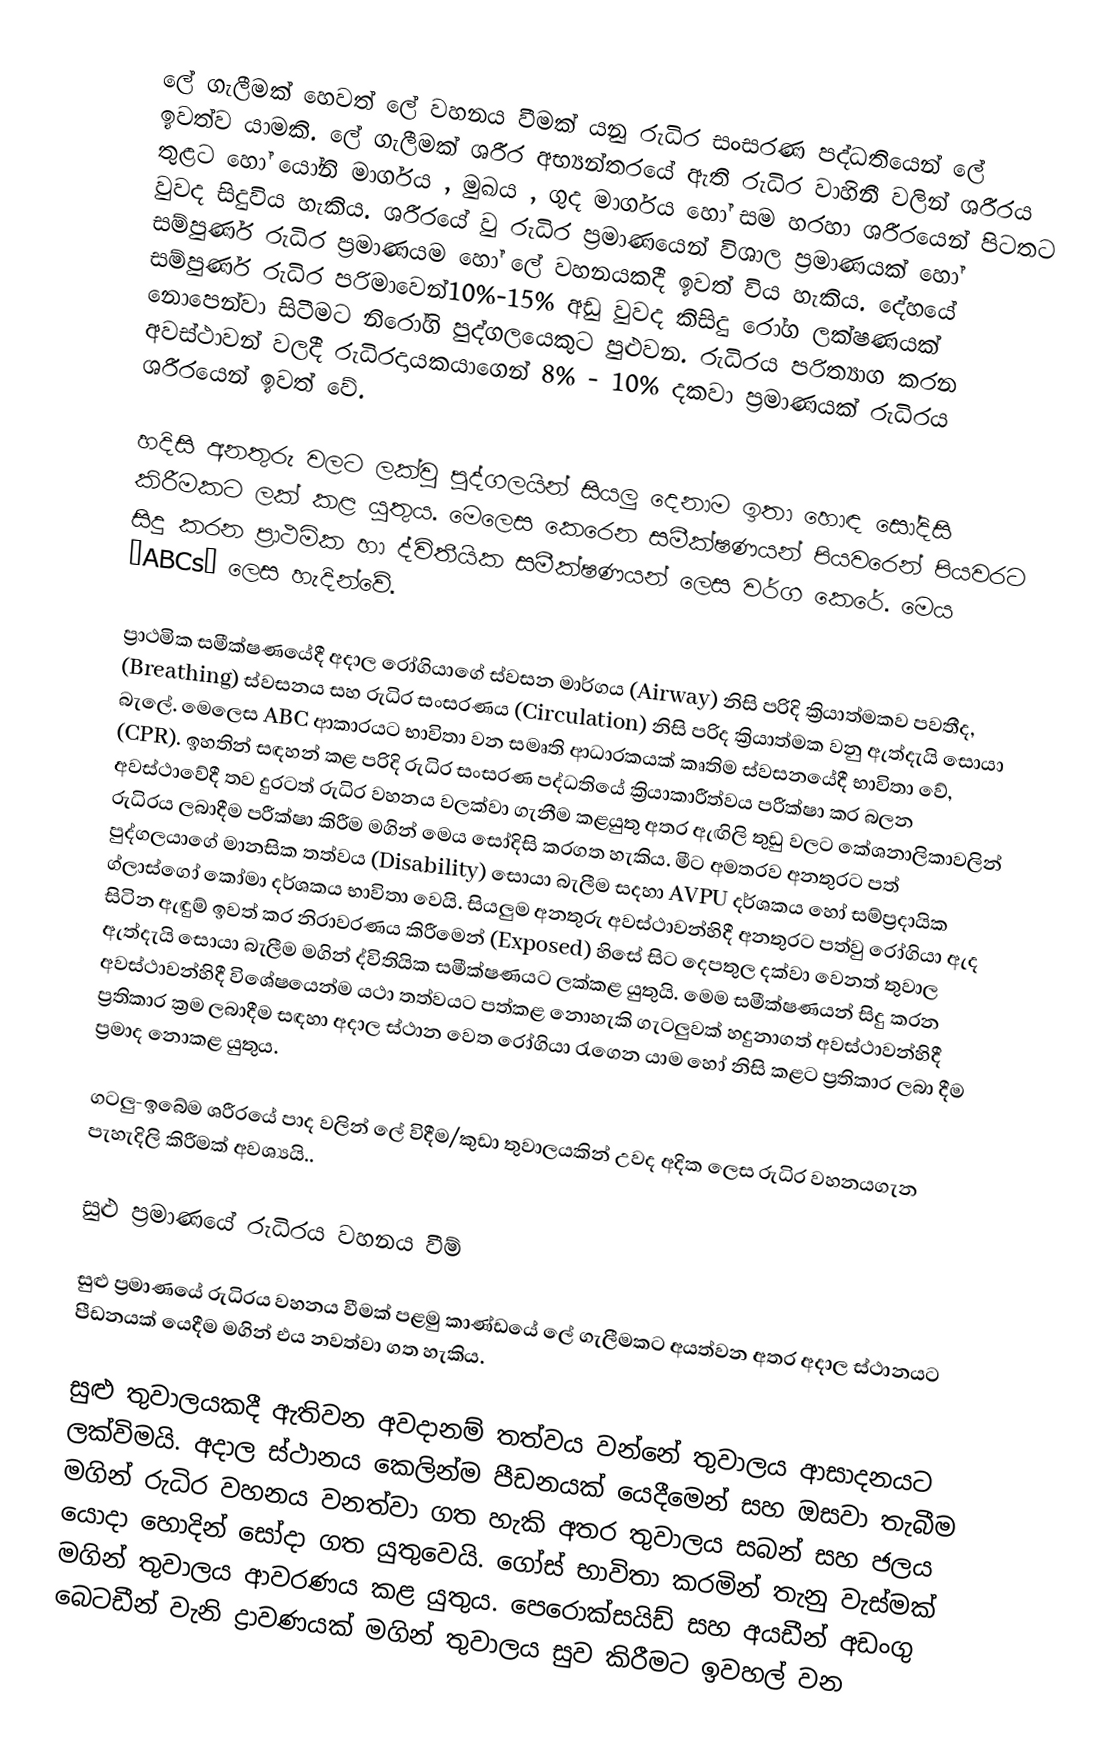
ලේ ගැලීමක්  හෙවත් ලේ වහනය වීමක් යනු රුධිර  සංසරණ පද්ධතියෙන් ලේ ඉවත්ව යාමකි. ලේ ගැලීමක් ශරීර අභ්‍යන්තරයේ ඇති රුධිර වාහිනී වලින් ශරීරය තුළට හෝ යෝනි මාර්ගය  , මුඛය , ගුද මාර්ගය හෝ සම හරහා ශ‍රීරයෙන් පිටතට වුවද සිදුවිය හැකිය. ශරීරයේ  වු රුධිර ප්‍රමාණයෙන් විශාල ප්‍රමාණයක්  හෝ සම්පුර්ණ රුධිර ප්‍රමාණයම හෝ ලේ වහනයකදී ඉවත් විය හැකිය. දේහයේ සම්පුර්ණ රුධිර පරිමාවෙන්10%-15% අඩු වුවද කිසිදු රෝග ලක්ෂණයක් නොපෙන්වා සිටීමට නිරෝගි පුද්ගලයෙකුට  පුළුවන. රුධිර‍ය පරිත්‍යාග කරන අවස්ථාවන් වලදී රුධිරදායක‍යාගෙන් 8% - 10% දකවා ප්‍රමාණයක් රුධිරය ශරීරයෙන් ඉවත් වේ.

හදිසි අනතුරු වලට ලක්වු  පුද්ගලයින් සියලු දෙනාම ඉතා ‍හොඳ සෝදිසි කිරීමකට ලක් කළ යුතුය. මෙලෙස කෙරෙන සමීක්ෂණයන් පියවරෙන් පියවරට සිදු කරන ප්‍රාථමික හා ද්විතීයික සමීක්ෂණයන් ලෙස වර්ග කෙරේ.  මෙය “ABCs”  ලෙස හැදින්වේ.

ප්‍රාථමික  සමීක්ෂණයේදී අදාල රෝගියාගේ ස්වසන මාර්ගය (Airway)  නිසි පරිදි ක්‍රියාත්මකව පවතීද, (Breathing)  ස්වසනය සහ රුධිර සංසරණය (Circulation)  නිසි පරිද ක්‍රියාත්මක වනු ඇත්දැයි සොයා බැලේ. මෙලෙස ABC  ආකාරයට භාවිතා වන සමෘති  ආධාරකයක් කෘතිම ස්වසනයේදී භාවිතා වේ, (CPR).  ඉහතින් සඳහන් කළ පරිදි රුධිර සංසරණ පද්ධතියේ ක්‍රියාකාරීත්වය පරීක්ෂා කර බලන අවස්ථාවේදී තව දුරටත් රුධිර වහනය වලක්වා ගැනීම කළයුතු අතර ඇඟිලි තුඩු වලට කේශනාලිකාවලින් රුධිරය ලබාදීම පරීක්ෂා කිරීම මගින් මෙය සෝදිසි කරගත හැකිය. මීට අමතරව අනතුරට පත් පුද්ගලයාගේ මානසික තත්වය (Disability)  සොයා බැලීම සදහා AVPU  දර්ශකය හෝ සම්ප්‍රදායික ග්ලාස්ගෝ කෝමා දර්ශකය භාවිතා වෙයි. සියලුම අනතුරු අවස්ථාවන්හිදී අනතුරට පත්වු රෝගියා ඇද සිටින ඇඳුම් ඉවත් කර නිරාවරණය කිරීමෙන් (Exposed)  හිසේ සිට දෙපතුල දක්වා වෙනත් තුවාල ඇත්දැයි සොයා  බැලීම මගින් ද්විතියික සමීක්ෂණයට ලක්කළ යුතුයි. මෙම සමීක්ෂණයන් සිදු කරන අවස්ථාවන්හිදී ‍විශේෂයෙන්ම යථා තත්වයට පත්කළ නොහැකි ගැටලුවක් හදුනා‍ගත් අවස්ථාවන්හිදී ප්‍රතිකාර ක්‍රම ලබාදීම සඳහා අදාල ස්ථාන වෙත රෝගියා රැගෙන යාම හෝ නිසි කළට ප්‍රතිකාර ලබා දීම ප්‍රමාද නොකළ යුතුය.

ගටලු-ඉබේම ශරීරයේ පාද වලින් ලේ විදීම/කුඩා තුවාලයකින් උවද අදික ලෙස රුධිර වහනයගැන පැහැදිලි කිරීමක් අවශ්‍යයි..

සුළු ප්‍රමාණයේ රුධිරය වහනය වීම්

සුළු ප්‍රමාණයේ රුධිරය වහනය වීමක් පළමු කාණ්ඩයේ ලේ ගැලීමකට අයත්වන අතර අදාල ස්ථානයට පීඩනයක් යෙදීම මගින් එය නවත්වා ගත හැකිය.

සුළු  තුවාලයකදී ඇතිවන අවදානම් තත්වය වන්නේ තුවාලය ආසාදනයට ලක්විමයි. අදාල ස්ථානය කෙලින්ම පීඩනයක් යෙදීමෙන් සහ ඔසවා තැබීම මගින් රුධිර වහනය වනත්වා ගත හැකි අතර තුවාලය සබන් සහ ජලය යොදා හොදින් සෝදා ගත යුතුවෙයි. ගෝස් භාවිතා කරමින් තැනු වැස්මක් මගින් තුවාලය ආවරණය කළ යුතුය. පෙරොක්සයිඩ් සහ අයඩීන් අඩංගු බෙටඩීන් වැනි ද්‍රාවණයක් මගින් තුවාලය  සුව කිරීමට ඉවහල් වන ‍